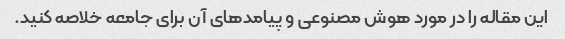
این مقاله را در مورد هوش مصنوعی و پیامدهای آن برای جامعه خلاصه کنید.